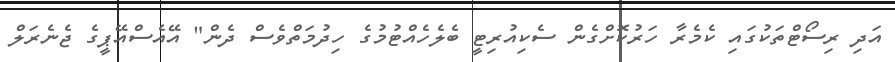
އަދި ރިސޯޓްތަކުގައި ކެމެރާ ހަރުކޮށްގެން ސެކިއުރިޓީ ބެލެހެއްޓުމުގެ ހިދުމަތްވެސް ދެން" އޭއެސްއޭޕީގެ ޖެނެރަލް